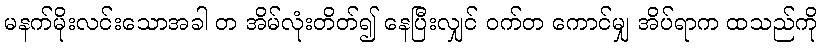
မနက်မိုးလင်းသောအခါ တ အိမ်လုံးတိတ်၍ နေပြီးလျှင် ဝက်တ ကောင်မျှ အိပ်ရာက ထသည်ကို